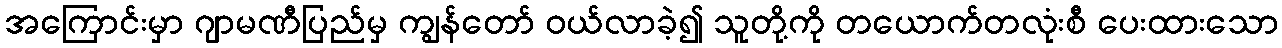
အကြောင်းမှာ ဂျာမဏီပြည်မှ ကျွန်တော် ဝယ်လာခဲ့၍ သူတို့ကို တယောက်တလုံးစီ ပေးထားသော